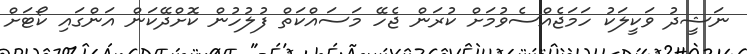
ނަޝީދު ވަކީލަކު ހަމަޖެއްސެވުމަށް ކުރަން ޖެހޭ މަސައްކަތް ފުލުހުން ކޮށްދޭކަން އަންގައި ކޯޓަށް